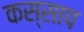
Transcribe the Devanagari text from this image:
कस्साप